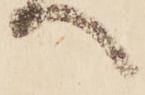
へ